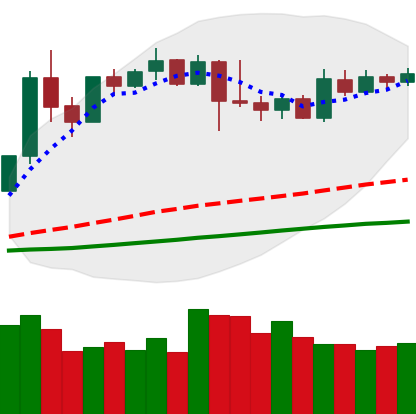
Ticker: XMR-USD
Chart end date: 2019-04-20
Forward return: -11.828%
Label: down_7plus